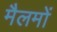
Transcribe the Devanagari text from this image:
मैलमों